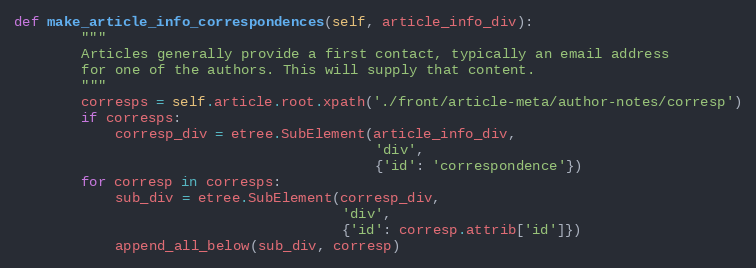
Language: Python
def make_article_info_correspondences(self, article_info_div):
        """
        Articles generally provide a first contact, typically an email address
        for one of the authors. This will supply that content.
        """
        corresps = self.article.root.xpath('./front/article-meta/author-notes/corresp')
        if corresps:
            corresp_div = etree.SubElement(article_info_div,
                                           'div',
                                           {'id': 'correspondence'})
        for corresp in corresps:
            sub_div = etree.SubElement(corresp_div,
                                       'div',
                                       {'id': corresp.attrib['id']})
            append_all_below(sub_div, corresp)